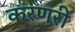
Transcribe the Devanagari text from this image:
करणरी